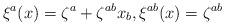
LaTeX: \begin{gather*}\xi^{a}(x)=\zeta^a+\zeta^{ab}x_b ,\xi^{ab}(x)=\zeta^{ab}\end{gather*}